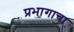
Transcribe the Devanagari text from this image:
प्रभागाचा